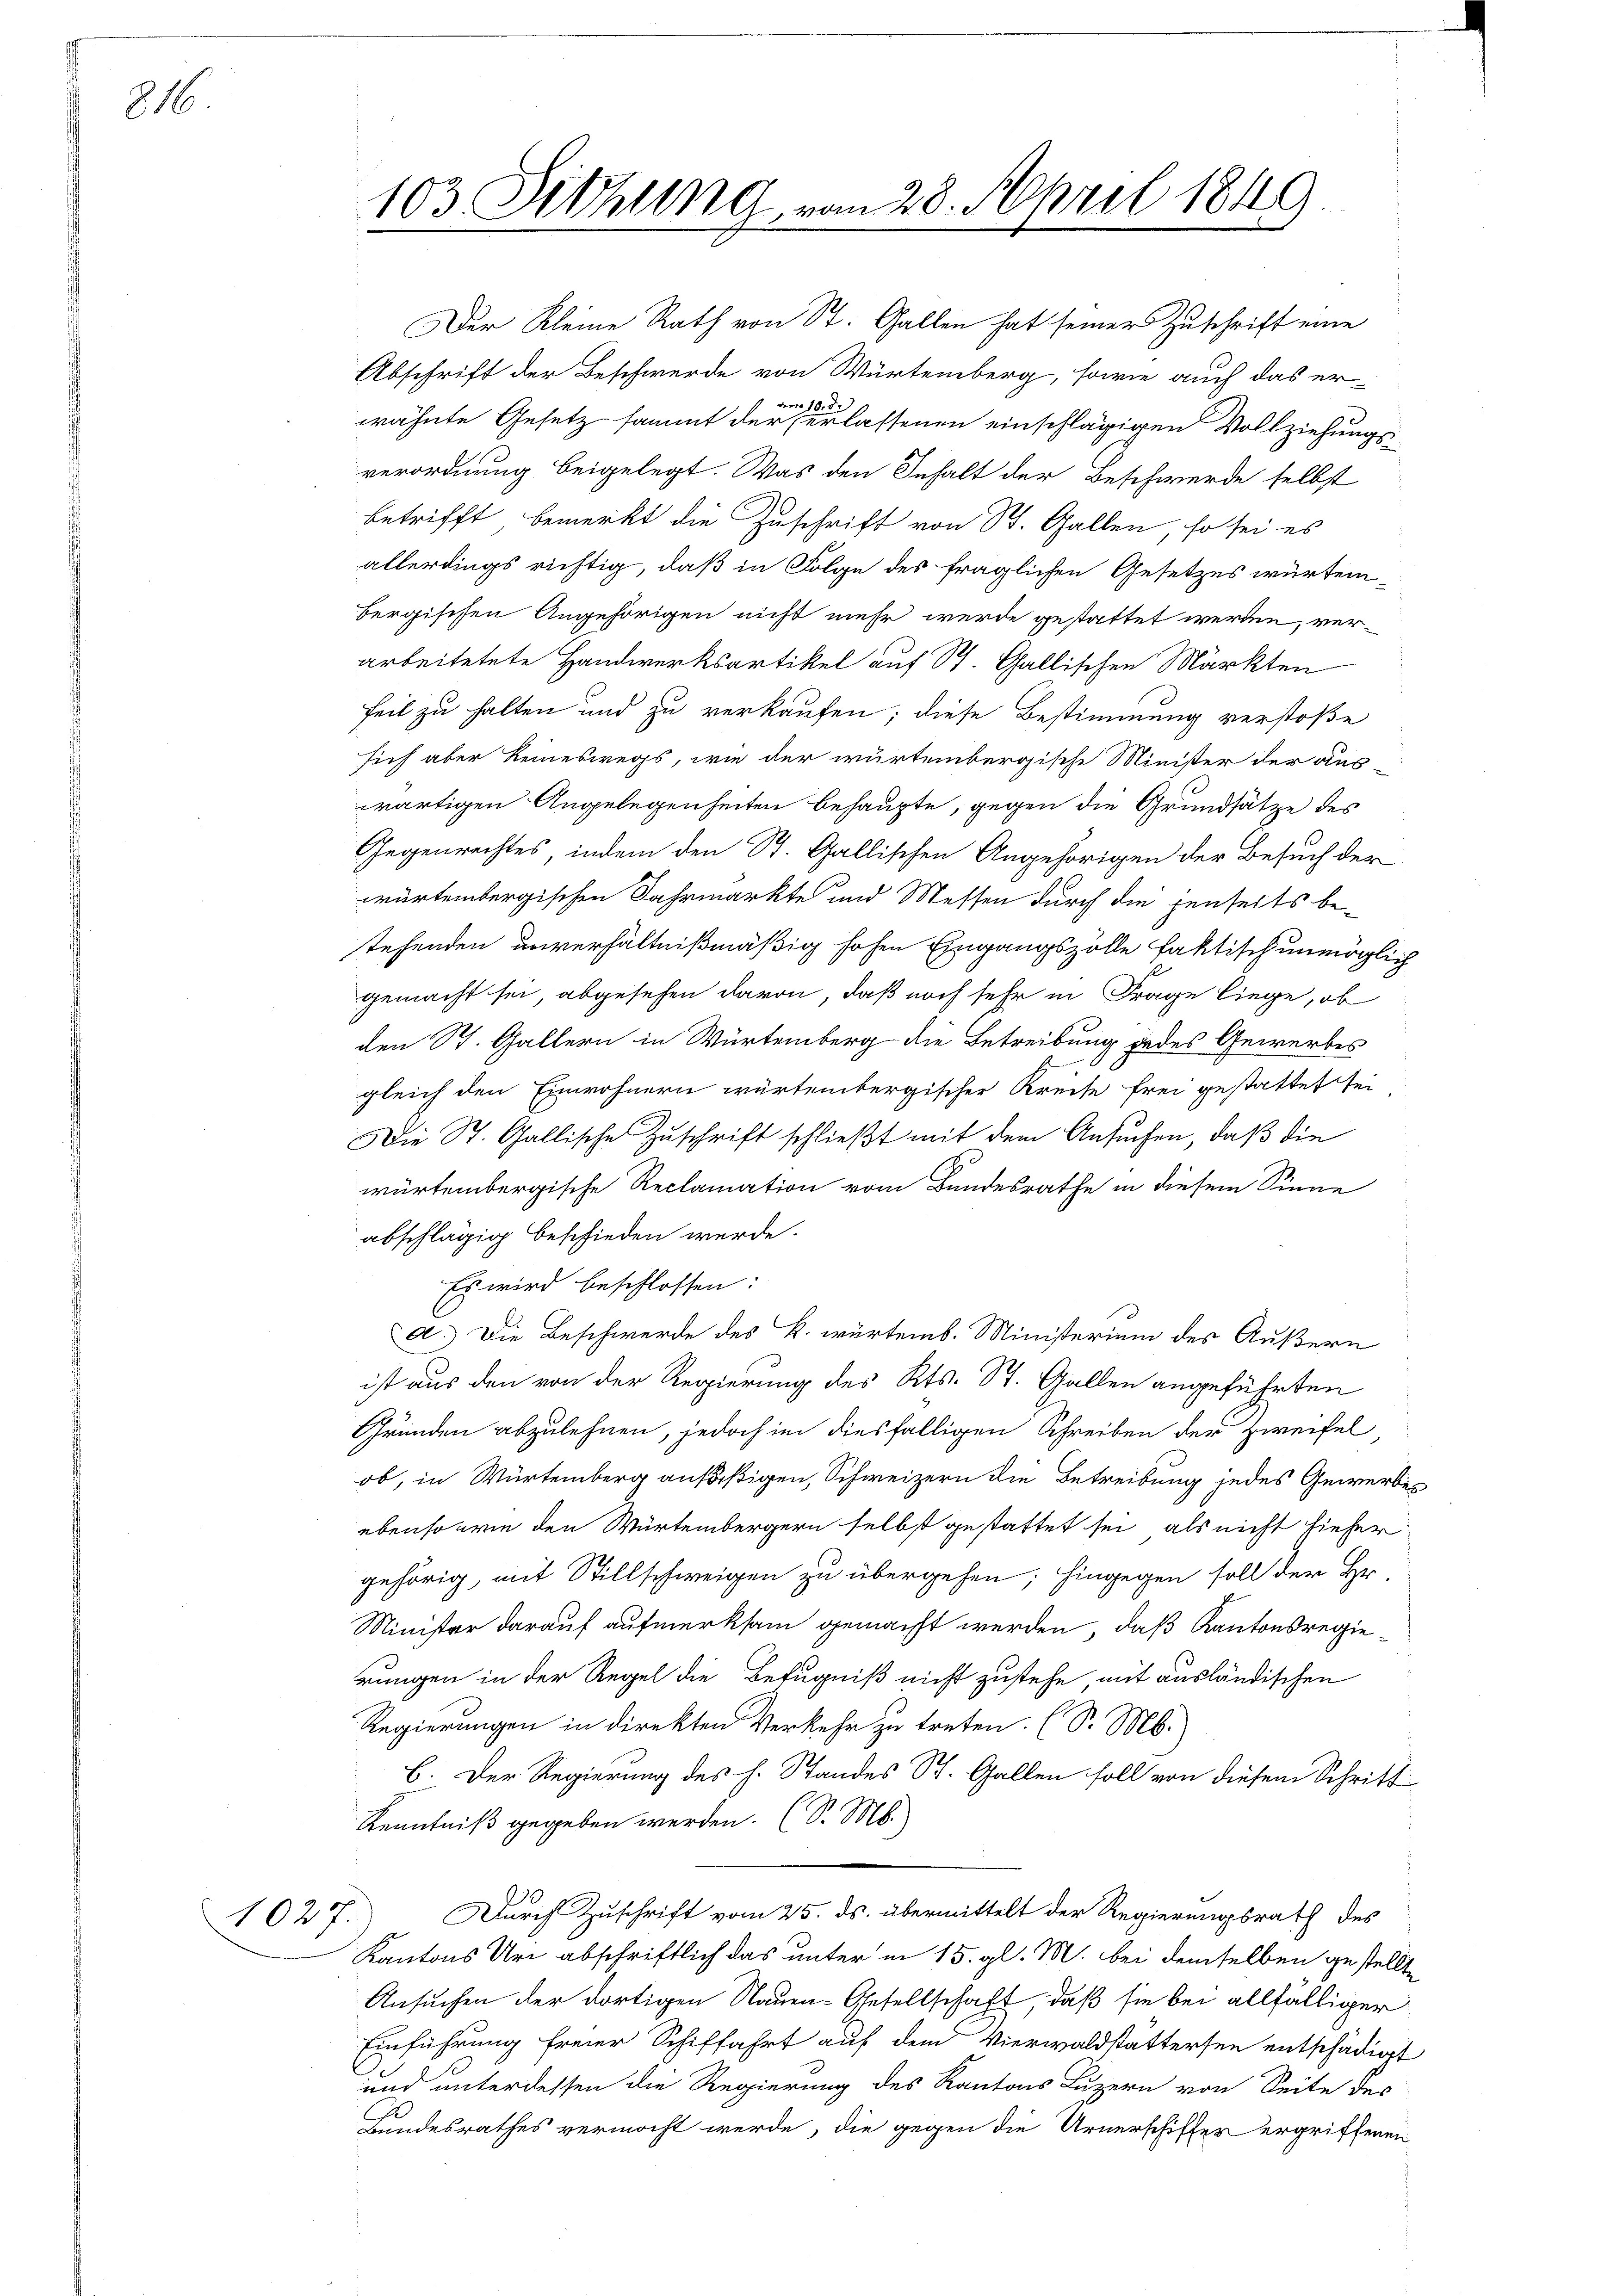
816.

1027.

103 Sitzung vom 28. April 1849

Der Kleine Rath von St. Gallen hat seiner Zuschrift eine
Abschrift der Beschwerde von Würtemberg, sowie auch das er-
,
8.5
wähnte Gesetz sammt der erlassenen einschlägigen Vollziehungsverordnung beigelegt. Was den Inhalt der Beschwerde selbst
betrifft, bemerkt die Zuschrift von St. Gallen, so sei es
allerdings richtig, daß in Folge des fraglichen Gesetzes würtembergischen Angehörigen nicht mehr werde gestattet werden, verarbeitetete Handwerksartikel auf St. Gallischen Märkten
feil zu halten und zu verkaufen; diese Bestimmung verstoße
sich aber keineswegs, wie der würtembergische Minister der aus-
wärtigen Angelegenheiten behaupte, gegen die Grundsätze des
Gegenrechtes, indem den St. Gallischen Angehörigen der Besuch der
würtembergischen Jahrmarkte und Messen durch die jenseits betehenden unverhältnißmäßig hohen Eingangszölle faktisch unmöglich
gemacht sei, abgesehen davon, daß noch sehr in Frage liege, ob
den St. Gallern in Würtemberg die Betreibung jedes Gewerbes
gleich den Einwohnern würtembergischer Kreise frei gestattet sei
Die St. Gallische Zuschrift schließt mit dem Ansuchen, daß die
würtembergische Reclamation vom Bundesrathe in diesem Sinne
abschlägig beschieden werde.
Es wird beschlossen:
d.) Die Beschwerde des k. würtemb. Ministerium des Äußern
ist aus den von der Regierung des Kts. St. Gallen angeführten
Gründen abzulehnen, jedoch in diesfälligen Schreiben der Zweifel,
ob, in Würtemberg ansäßigen, Schweizern die Betreibung jedes Gewerbeebenso wie den Würtembergern selbst gestattet sei, als nicht hieher
gehörig, mit Stillschweigen zu übergehen; hingegen soll der Hr.
Minister darauf aufmerksam gemacht werden, daß Kantonsregie
rungen in der Regel die Befugniß nicht zustehe mit ausländischen
Regierungen in direkten Verkehr zu treten. (S. M.
C. Der Regierung des h. Standes St. Gallen soll von diesem Schritt
Kenntniß gegeben werden. (S. M.
Durch Zuschrift vom 25. ds. übermittelt der Regierungsrath des
Kantons Uri abschriftlich das unter in 15. gl. M. bei demselben gestellte
Ansuchen der dortigen Nauen-Gesellschaft, daß sie bei allfälliger
Einführung freier Schiffahrt auf dem Vierwaldstattersen entschädigt
und unterdessen die Regierung des Kantons Luzern von Seite des
Bundesrathes vermocht werde, die gegen die Urnerschiffer ergriffenen